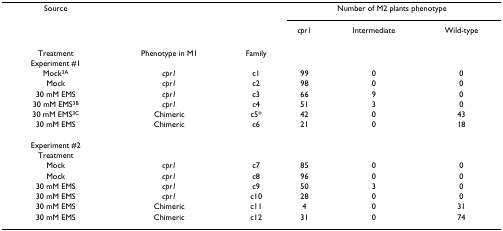
| Source |  |  | <COLSPAN=3> Number of M2 plants phenotype |
 |  |  |  | cpr1 | Intermediate | Wild-type |
 | --- | --- | --- | --- | --- | --- |
 | Treatment | Phenotype in M1 | Family |  |  |  |
 | Experiment #1 |  |  |  |  |  |
 | Mock3A | cpr1 | c1 | 99 | 0 | 0 |
 | Mock | cpr1 | c2 | 98 | 0 | 0 |
 | 30 mM EMS | cpr1 | c3 | 66 | 9 | 0 |
 | 30 mM EMS3B | cpr1 | c4 | 51 | 3 | 0 |
 | 30 mM EMS3C | Chimeric | c5* | 42 | 0 | 43 |
 | 30 mM EMS | Chimeric | c6 | 21 | 0 | 18 |
 | Experiment #2 |  |  |  |  |  |
 | Treatment |  |  |  |  |  |
 | Mock | cpr1 | c7 | 85 | 0 | 0 |
 | Mock | cpr1 | c8 | 96 | 0 | 0 |
 | 30 mM EMS | cpr1 | c9 | 50 | 3 | 0 |
 | 30 mM EMS | cpr1 | c10 | 28 | 0 | 0 |
 | 30 mM EMS | Chimeric | c11 | 4 | 0 | 31 |
 | 30 mM EMS | Chimeric | c12 | 31 | 0 | 74 |